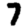
Digit: 7